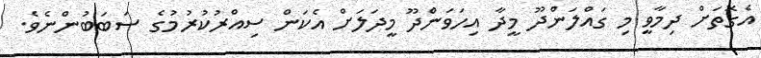
އެގޮތަށް ދިމާވީ މި ގައްލަންދޫ މީދާ އިހަވަންދޫ މީދަލަށް އެކަން ސިއްރުކުރުމުގެ ސަބަބުންނެވެ.